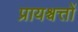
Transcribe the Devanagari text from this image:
प्रायश्चत्तों